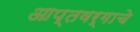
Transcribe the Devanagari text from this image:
आप्तवर्गाचे